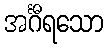
အင်္ဂီရသော